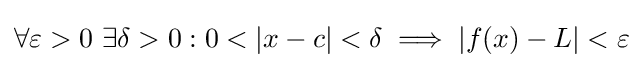
\forall \varepsilon >0\ \exists \delta >0:0<|x-c|<\delta \implies |f(x)-L|<\varepsilon